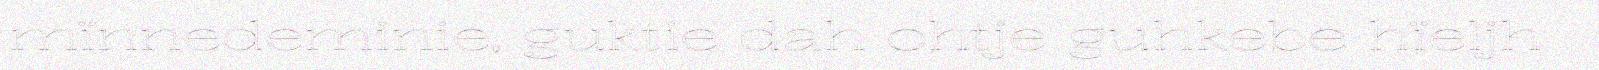
mïnnedeminie, guktie dah ohtje guhkebe hïeljh